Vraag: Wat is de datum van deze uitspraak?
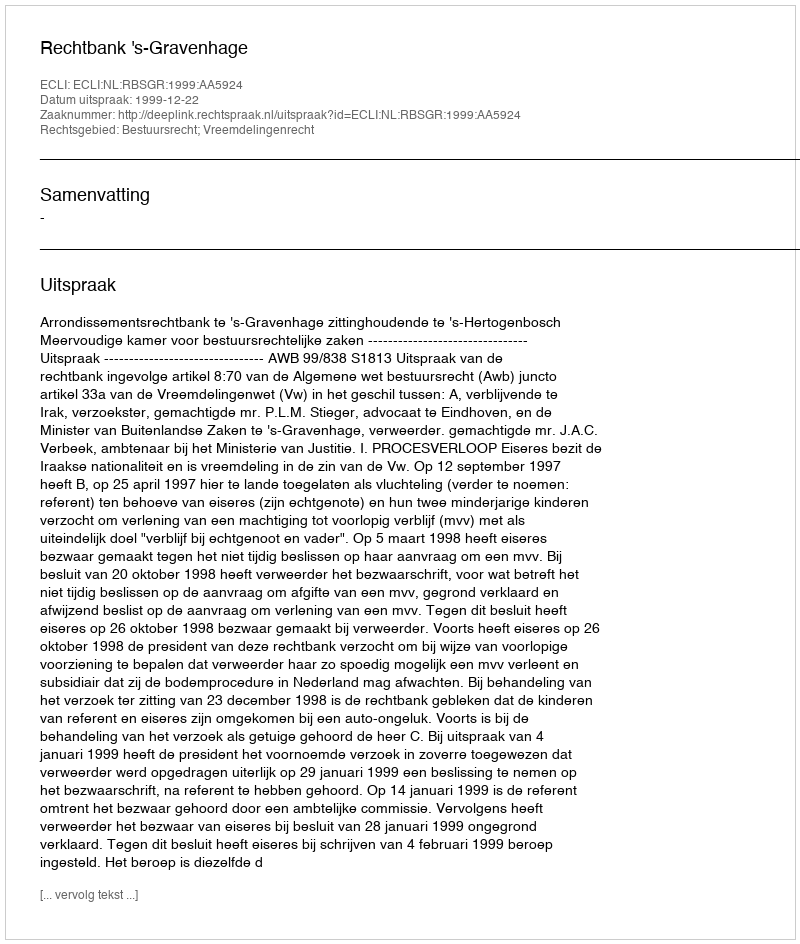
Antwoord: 1999-12-22